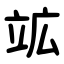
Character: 䇊